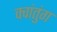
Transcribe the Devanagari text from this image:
क्वांतुंग